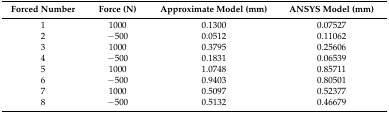
<table><thead><tr><td><b>Forced Number</b></td><td><b>Force (N)</b></td><td><b>Approximate Model (mm)</b></td><td><b>ANSYS Model (mm)</b></td></tr></thead><tbody><tr><td>1</td><td>1000</td><td>0.1300</td><td>0.07527</td></tr><tr><td>2</td><td>−500</td><td>0.0512</td><td>0.11062</td></tr><tr><td>3</td><td>1000</td><td>0.3795</td><td>0.25606</td></tr><tr><td>4</td><td>−500</td><td>0.1831</td><td>0.06539</td></tr><tr><td>5</td><td>1000</td><td>1.0748</td><td>0.85711</td></tr><tr><td>6</td><td>−500</td><td>0.9403</td><td>0.80501</td></tr><tr><td>7</td><td>1000</td><td>0.5097</td><td>0.52377</td></tr><tr><td>8</td><td>−500</td><td>0.5132</td><td>0.46679</td></tr></tbody></table>